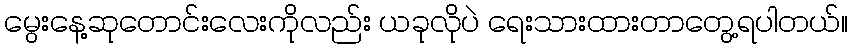
မွေးနေ့ဆုတောင်းလေးကိုလည်း ယခုလိုပဲ ရေးသားထားတာတွေ့ရပါတယ်။